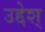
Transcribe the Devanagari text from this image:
उद्देश्